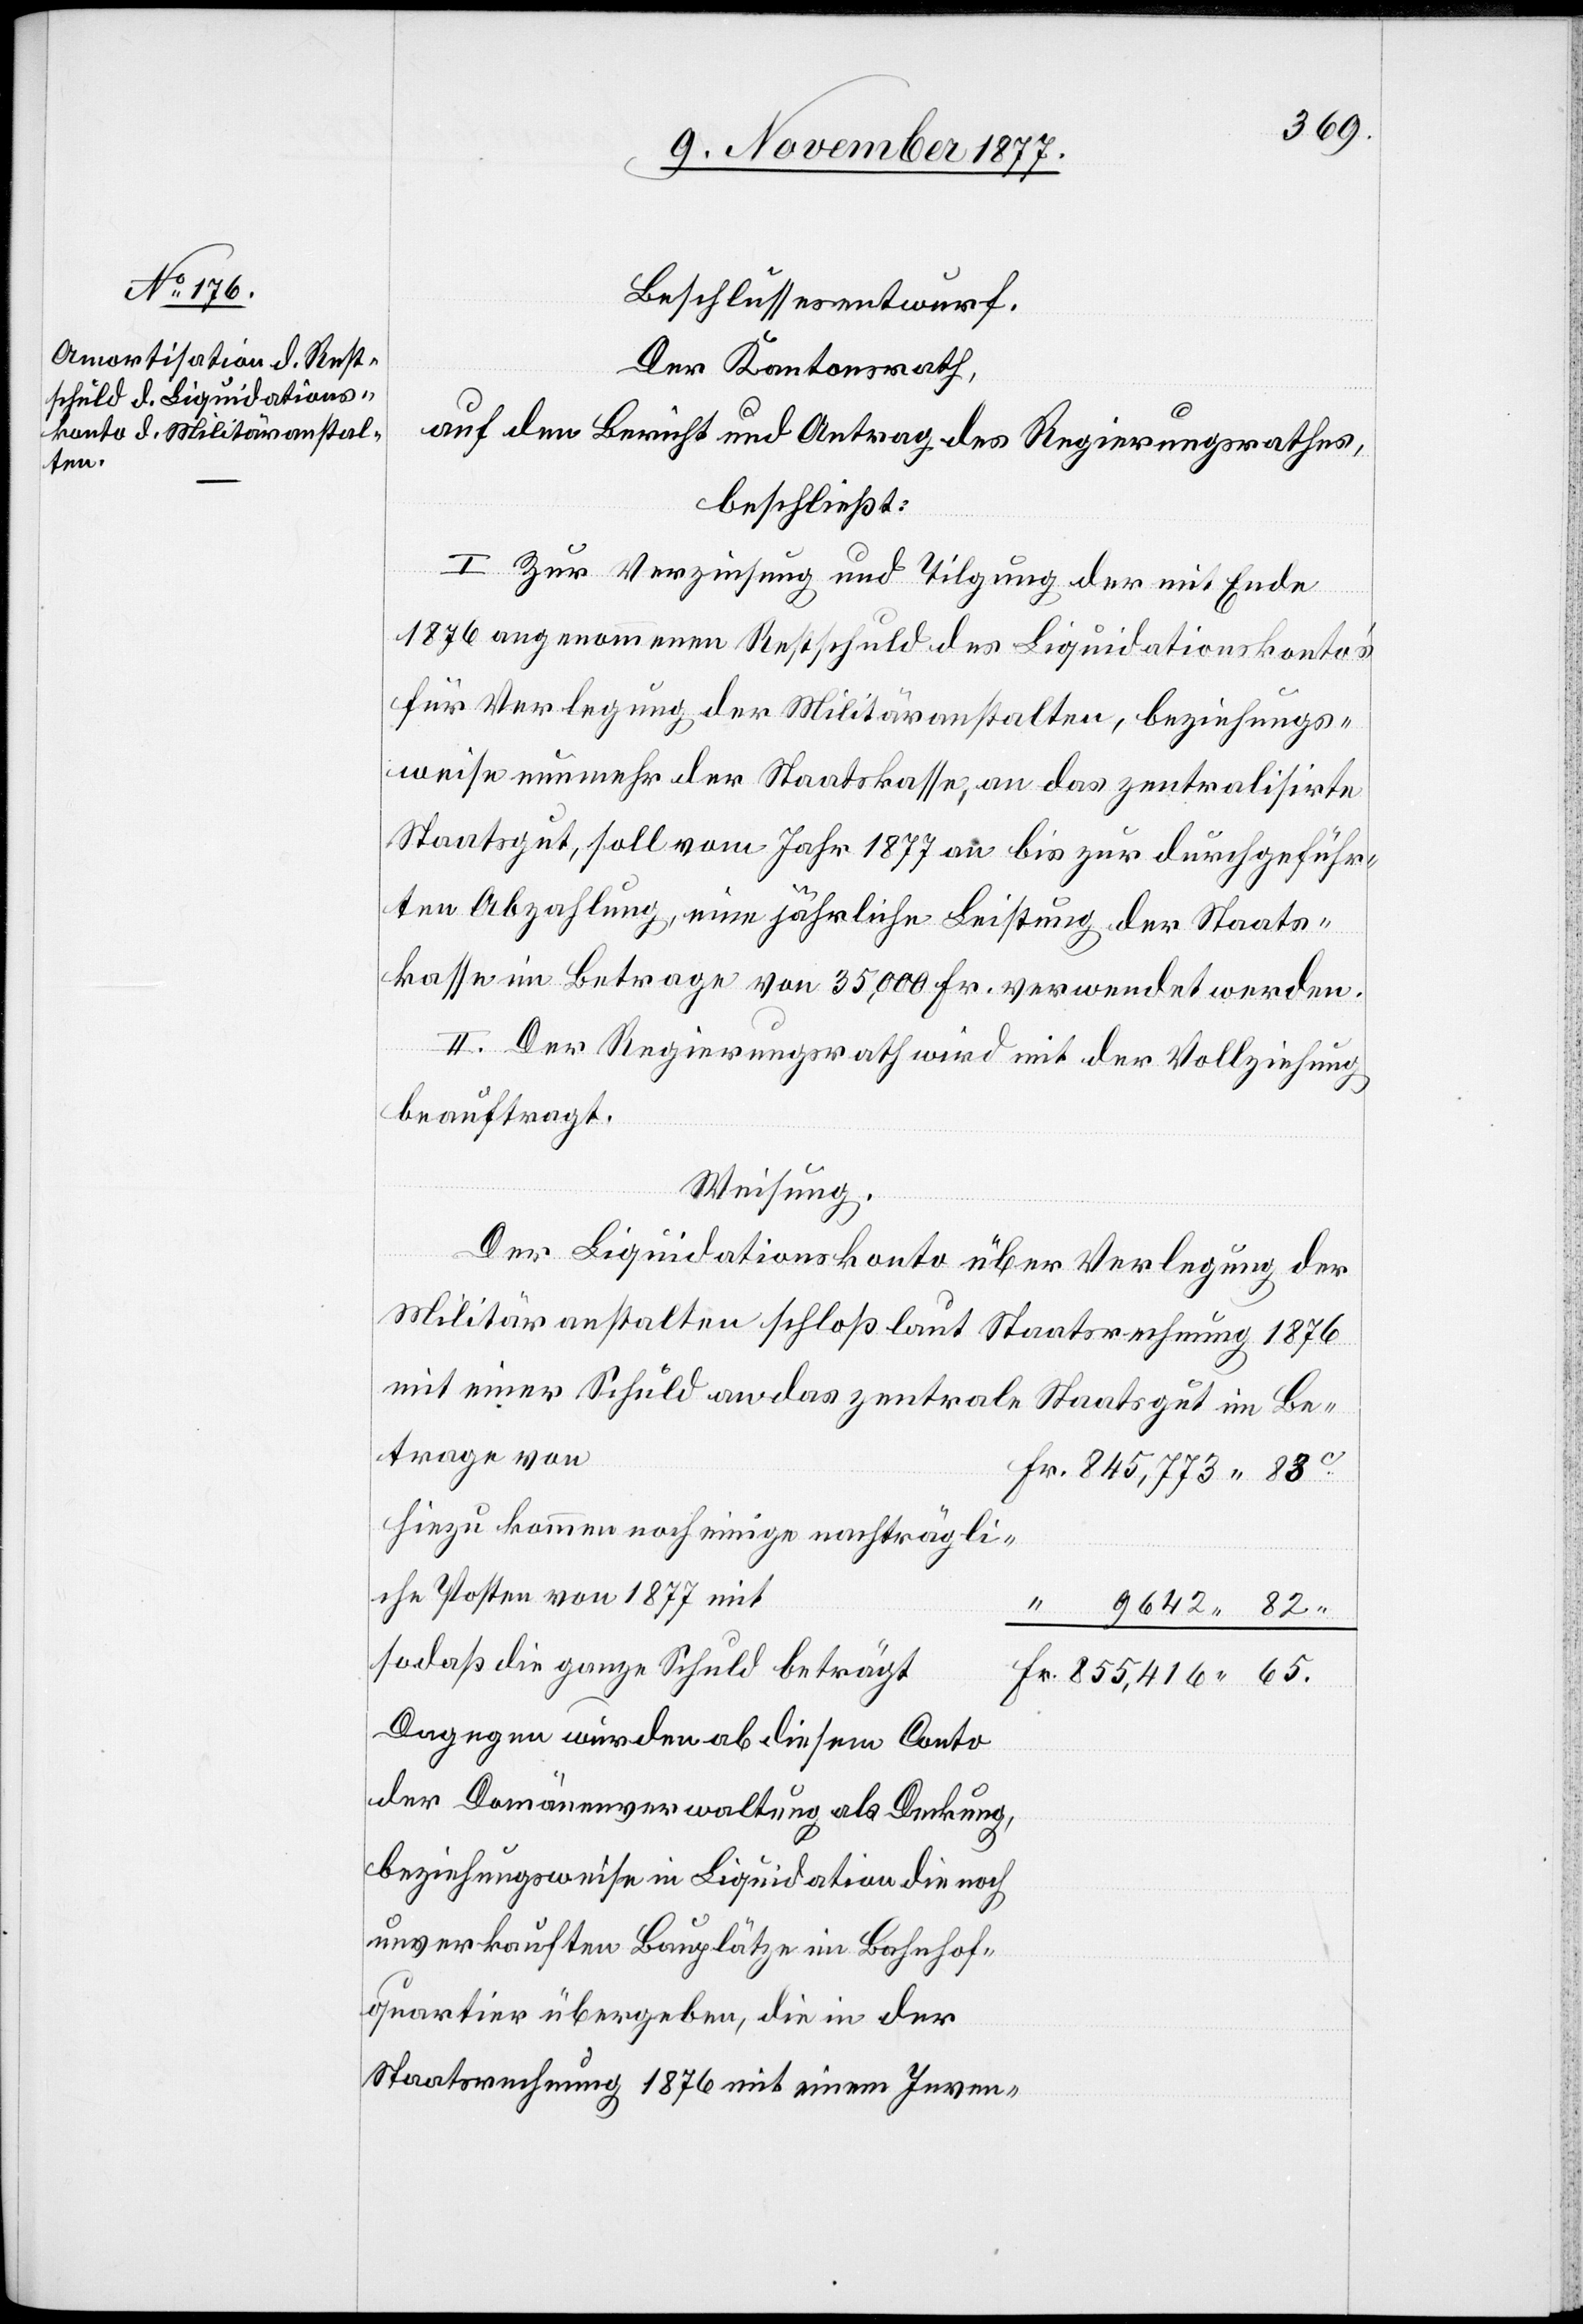
Beschlussesentwurf.
Der Kantonsrath,
auf den Bericht und Antrag des Regierungsrathes,
beschließt:
I. Zur Verzinsung und Tilgung der mit Ende
1876 angenommenen Restschuld des Liquidationskonto’s
für Verlegung der Militäranstalten, beziehungs¬
weise nunmehr der Staatskasse, an das zentralisirte
Staatsgut, soll vom Jahr 1877 an bis zur durchgeführ¬
ten Abzahlung, eine jährliche Leistung der Staats¬
kasse im Betrage von 35,000 Fr. verwendet werden.
II. Der Regierungsrath wird mit der Vollziehung
beauftragt.
Weisung.
Der Liquidationskonto über Verlegung der
Militäranstalten schloß laut Staatsrechnung 1876
mit einer Schuld an das zentrale Staatsgut im Be¬
trage von
Fr. 845,773 83C
Hiezu kommen noch einige nachträgli¬
che Posten von 1877 mit
9642 82“
sodaß die ganze Schuld beträgt
Fr. 855,416 65
Dagegen wurden ab diesem Conto
der Domänenverwaltung als Deckung,
beziehungsweise in Liquidation die noch
unverkauften Bauplätze im Bahnhof¬
quartier übergeben, die in der
Staatsrechnung 1876 mit einem Inven-